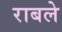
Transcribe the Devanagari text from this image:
राबले